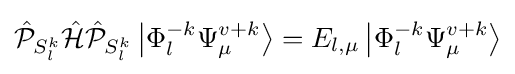
{\hat {\mathcal {P}}}_{S_{l}^{k}}{\hat {\mathcal {H}}}{\hat {\mathcal {P}}}_{S_{l}^{k}}\left|\Phi _{l}^{-k}\Psi _{\mu }^{v+k}\right\rangle =E_{l,\mu }\left|\Phi _{l}^{-k}\Psi _{\mu }^{v+k}\right\rangle